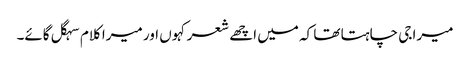
میرا جی چاہتا تھا کہ میں اچھے شعر کہوں اور میرا کلام سہگل گائے۔